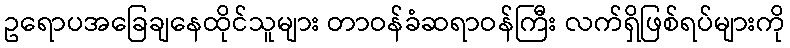
ဥရောပအခြေချနေထိုင်သူများ တာဝန်ခံဆရာဝန်ကြီး လက်ရှိဖြစ်ရပ်များကို